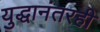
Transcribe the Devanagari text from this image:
युद्धानंतरही